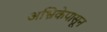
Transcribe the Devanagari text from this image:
अभ्रिकेपासून